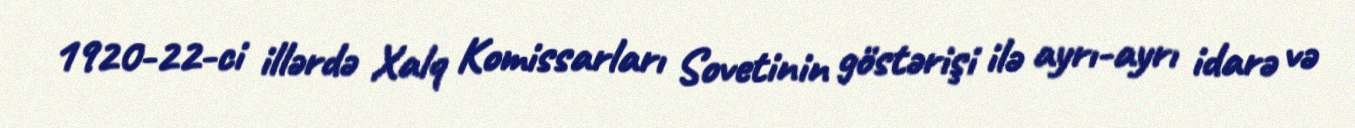
1920-22-ci illərdə Xalq Komissarları Sovetinin göstərişi ilə ayrı-ayrı idarə və